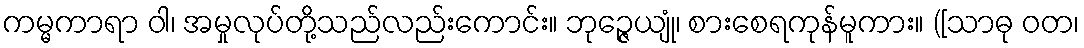
ကမ္မကာရာ ဝါ၊ အမှုလုပ်တို့သည်လည်းကောင်း။ ဘုဉ္ဇေယျုံ၊ စားစေရကုန်မူကား။ ([သာဓု ဝတ၊